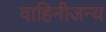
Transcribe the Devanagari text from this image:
वाहिनीजन्य